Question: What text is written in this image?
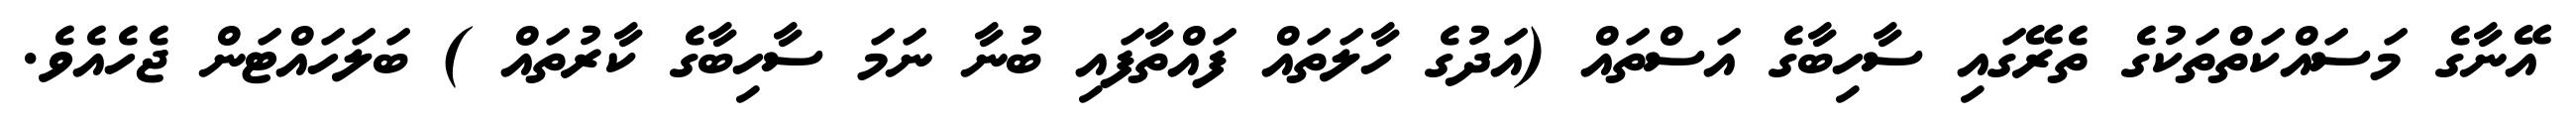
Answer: އޭނާގެ މަސައްކަތްތަކުގެ ތެރޭގައި ސާހިބާގެ އަސްތައް (އަދުގެ ހާލަތައް ފައްތާފައި ބުނާ ނަމަ ސާހިބާގެ ކާރުތައް ) ބަލަހައްޓަން ޖެހެއެވެ.